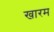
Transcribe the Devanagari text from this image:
खारम